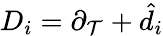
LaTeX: {D_{i}}={\partial_{\mathcal{T}}}+{{\hat{{d}}}_{i}}